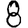
Digit: 8